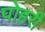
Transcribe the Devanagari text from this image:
पोहरी